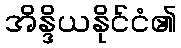
အိန္ဒိယနိုင်ငံ၏